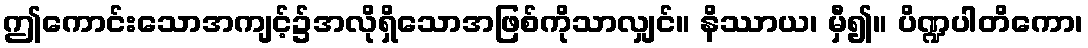
ဤကောင်းသောအကျင့်၌အလိုရှိသောအဖြစ်ကိုသာလျှင်။ နိဿာယ၊ မှီ၍။ ပိဏ္ဍပါတိကော၊